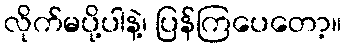
လိုက်မပို့ပါနဲ့၊ ပြန်ကြပေတော့။